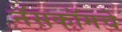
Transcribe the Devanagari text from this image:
नॅसकॉमचे